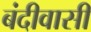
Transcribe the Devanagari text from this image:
बंदीवासी